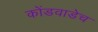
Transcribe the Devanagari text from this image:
कोंडवाडेच